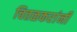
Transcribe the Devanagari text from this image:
चितळकरांनी